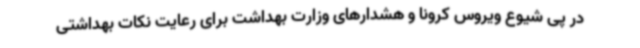
در پی شیوع ویروس کرونا و هشدارهای وزارت بهداشت برای رعایت نکات بهداشتی